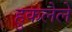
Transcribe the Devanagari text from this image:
हुकलेले